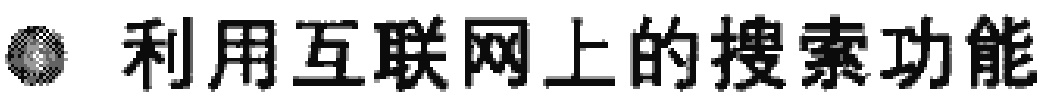
\textbullet 利用互联网上的搜索功能